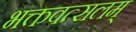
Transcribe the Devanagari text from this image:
भक्तवत्सलम्